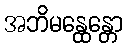
အဘိမန္ထေန္တော